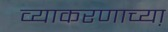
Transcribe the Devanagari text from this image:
व्याकरणाच्या़